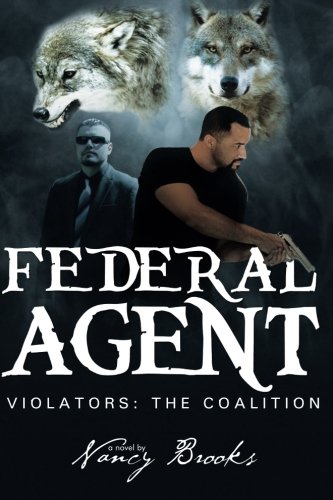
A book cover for Federal Agent (Violators: The Coalition) (Volume 3); Nancy Brooks; Literature & Fiction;